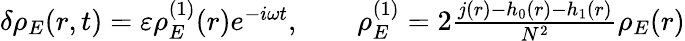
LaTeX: \begin{array}{r}{\delta\rho_{E}(r,t)=\varepsilon\rho_{E}^{(1)}(r)e^{-i\omega t},\qquad\rho_{E}^{(1)}=2\frac{j(r)-h_{0}(r)-h_{1}(r)}{N^{2}}\rho_{E}(r)}\end{array}